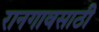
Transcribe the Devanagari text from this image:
रानगावसाठी